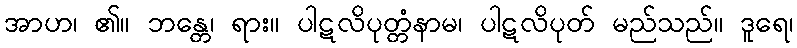
အာဟ၊ ၏။ ဘန္တေ၊ ရား။ ပါဋလိပုတ္တံနာမ၊ ပါဋလိပုတ် မည်သည်။ ဒူရေ၊